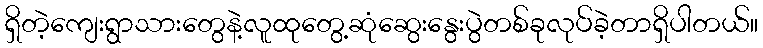
ရှိတဲ့ကျေးရွာသားတွေနဲ့လူထုတွေ့ဆုံဆွေးနွေးပွဲတစ်ခုလုပ်ခဲ့တာရှိပါတယ်။